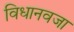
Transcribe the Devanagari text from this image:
विधानवजा